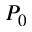
P _ { 0 }